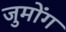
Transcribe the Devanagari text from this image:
जुमोंग